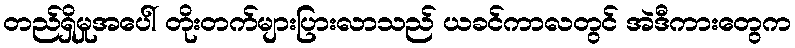
တည်ရှိမှုအပေါ် တိုးတက်များပြားလာသည် ယခင်ကာလတွင် အဲဒီကားတွေက